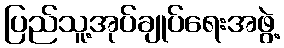
ပြည်သူ့အုပ်ချုပ်ရေးအဖွဲ့